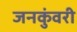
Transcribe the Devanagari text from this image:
जनकुंवरी